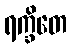
ရက္ခိတေ